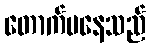
တောက်ပနေသည်